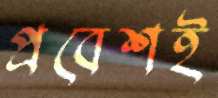
প্রবেশই